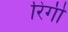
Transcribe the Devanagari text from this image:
रिंगी